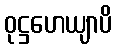
ဝုဋ္ဌဟေယျာပိ